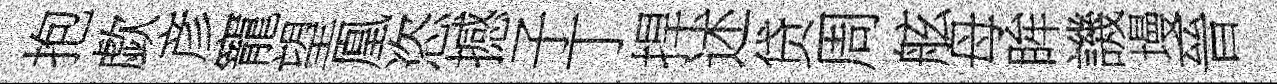
抱歔彦寵望凰恣撼子丁捍述贷周舷母眸譏墁晉